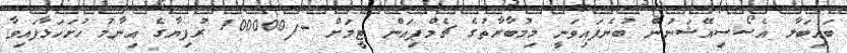
ބައިބަލާ އެސޯސިއޭޝަނުން ބުނެފައިވަނީ މިމުބާރާތުގެ ޗެމްޕިއަން ޓީމަށް -/100000 ރުފިޔާގެ އިނާމު ހުށަހަޅާފައިވާ